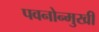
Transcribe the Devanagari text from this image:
पवनोन्मुखी